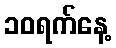
၁၀ရက်နေ့